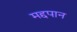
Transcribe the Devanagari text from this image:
मद्दपान